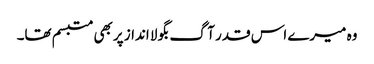
وہ میرے اس قدر آگ بگولا انداز پربھی متبسم تھا۔